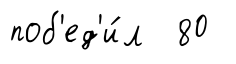
поб'ед'и́л 80